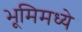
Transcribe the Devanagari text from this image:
भूमिमध्ये